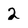
Character: 2